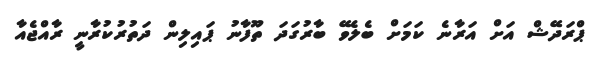
ޕްރަދޭޝް އަށް އަރާނެ ކަމަށް ބެލެވޭ ބާރުގަދަ ތޫފާނު ޕައިލިން ދަތުރުކުރާނީ ރާއްޖެއާ